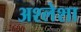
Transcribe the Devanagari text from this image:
अश्लेशा